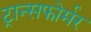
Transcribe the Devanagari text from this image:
ट्रान्सफोर्मर